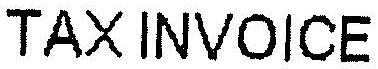
TAX INVOICE